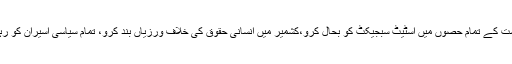
مختلف شہروں میں مظاہرین نے پلے کارڈ اور بینرز اٹھا رکھے تھے جن پر گلگت بلتستان سمیت ریاست کے تمام حصوں میں اسٹیٹ سبجیکٹ کو بحال کرو،کشمیر میں انسانی حقوق کی خلاف ورزیاں بند کرو، تمام سیاسی اسیران کو رہا کرو،ریاست جموں کشمیر کی تقسیم نامنظور اور غیر ملکی افواج واپس جاو جیسے نعرے درج تھے۔